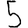
Digit: 5